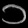
Digit: ၁